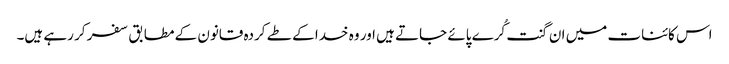
اس کائنات میں ان گنت کُرے پائے جاتے ہیں اور وہ خدا کے طے کردہ قانون کے مطابق سفر کر رہے ہیں۔